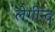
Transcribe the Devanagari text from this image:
लेगीन्द